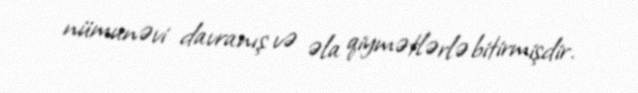
nümunəvi davranış və əla qiymətlərlə bitirmişdir.